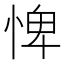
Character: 𢛞